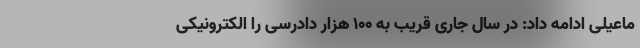
ماعیلی ادامه داد: در سال جاری قریب به ۱۰۰ هزار دادرسی را الکترونیکی